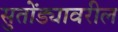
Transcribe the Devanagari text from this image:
सुतोंड्यावरील